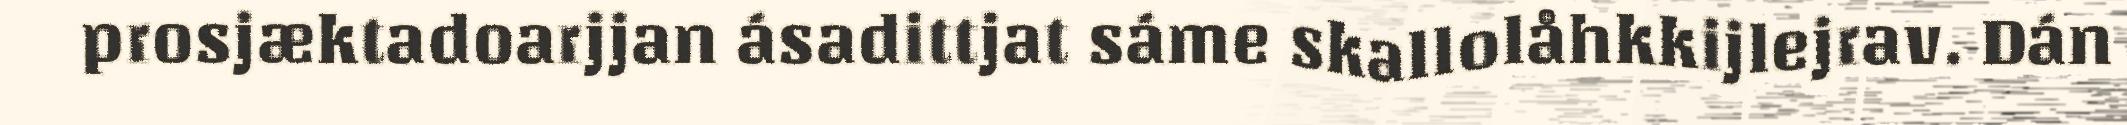
prosjæktadoarjjan ásadittjat sáme skallolåhkkijlejrav. Dán